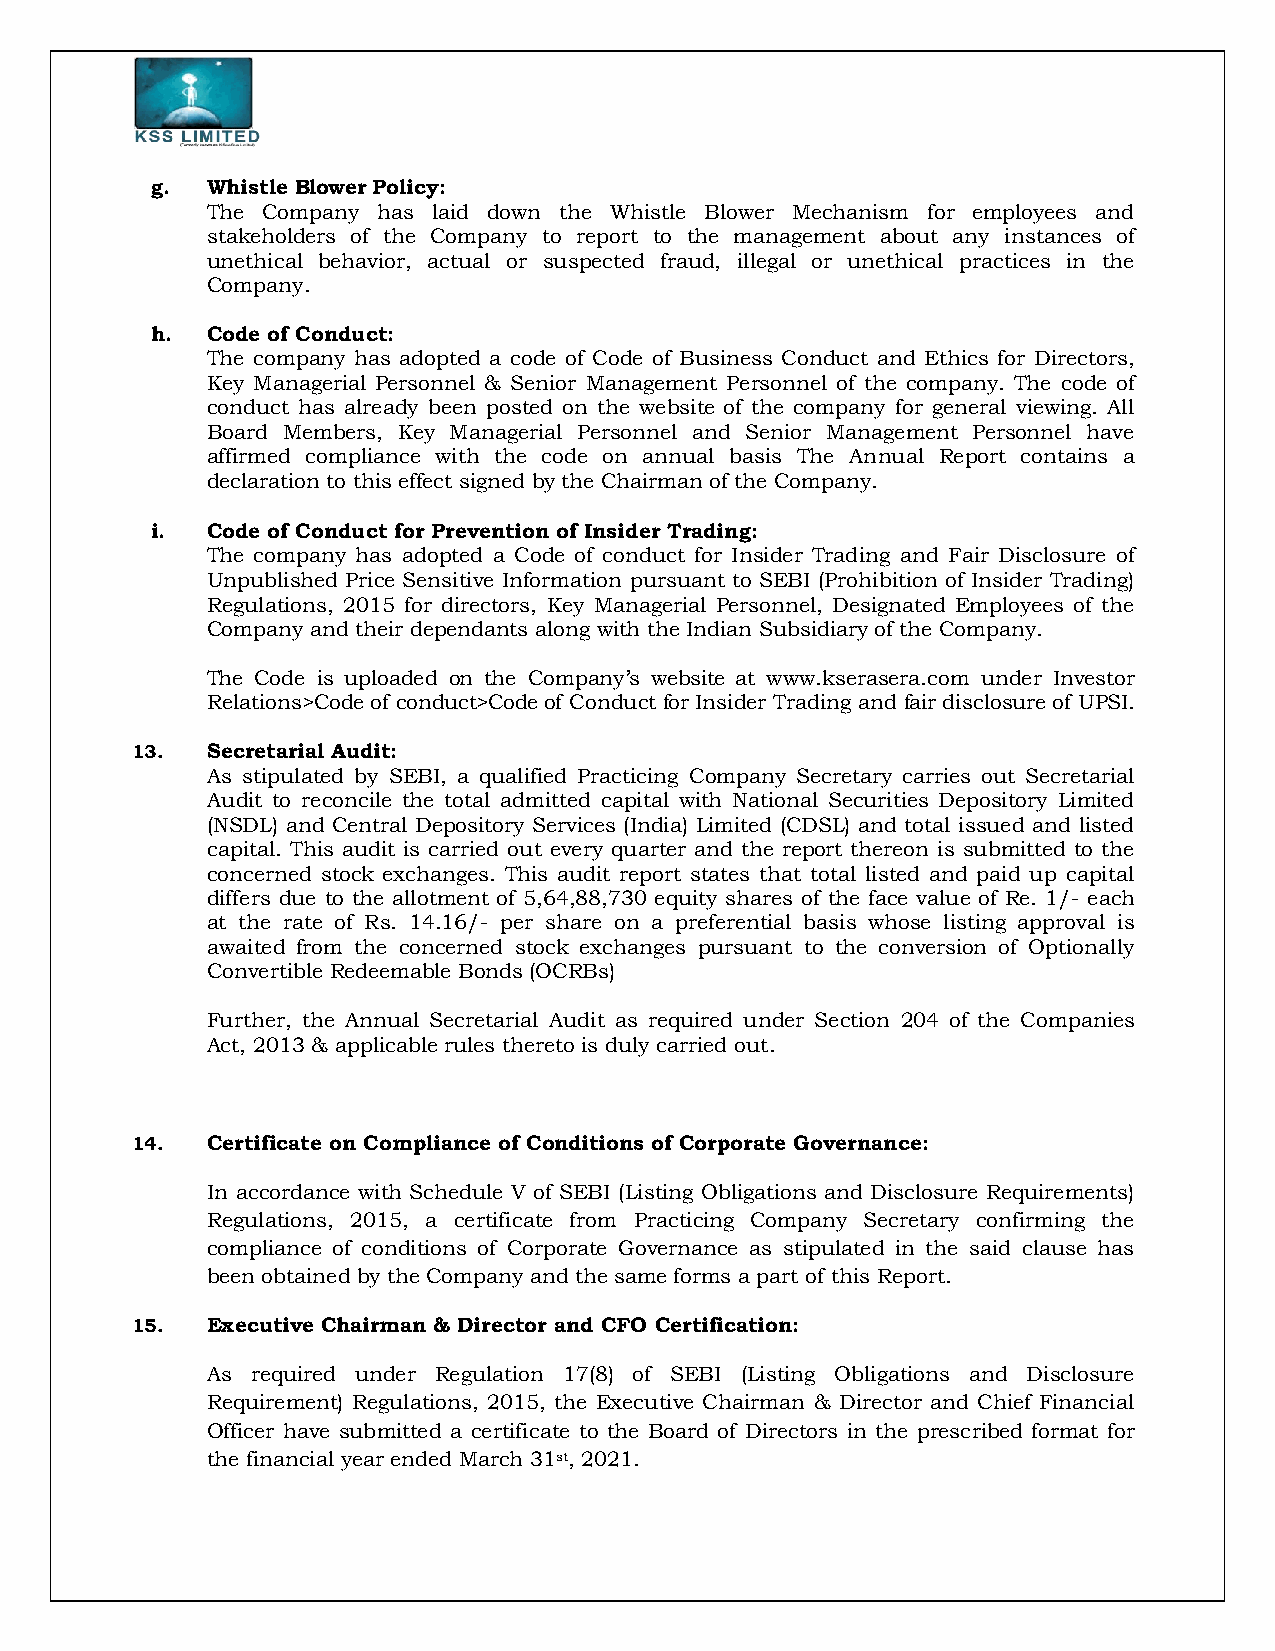
g.  Whistle Blower Policy:
 The Company has laid down the Whistle Blower Mechanism for employees and
 stakeholders of the Company to report to the management about any instances of
 unethical behavior, actual or suspected fraud, illegal or unethical practices in the
 Company.
 h.  Code of Conduct:
 The company has adopted a code of Code of Business Conduct and Ethics for Directors,
 Key Managerial Personnel & Senior Management Personnel of the company. The code of
 conduct has already been posted on the website of the company for general viewing. All
 Board Members, Key Managerial Personnel and Senior Management Personnel have
 affirmed compliance with the code on annual basis The Annual Report contains a
 declaration to this effect signed by the Chairman of the Company.
 i.  Code of Conduct for Prevention of Insider Trading:
 The company has adopted a Code of conduct for Insider Trading and Fair Disclosure of
 Unpublished Price Sensitive Information pursuant to SEBI (Prohibition of Insider Trading)
 Regulations, 2015 for directors, Key Managerial Personnel, Designated Employees of the
 Company and their dependants along with the Indian Subsidiary of the Company.
 The Code is uploaded on the Company’s website at www.kserasera.com under Investor
 Relations>Code of conduct>Code of Conduct for Insider Trading and fair disclosure of UPSI.
 13.  Secretarial Audit:
 As stipulated by SEBI, a qualified Practicing Company Secretary carries out Secretarial
 Audit to reconcile the total admitted capital with National Securities Depository Limited
 (NSDL) and Central Depository Services (India) Limited (CDSL) and total issued and listed
 capital. This audit is carried out every quarter and the report thereon is submitted to the
 concerned stock exchanges. This audit report states that total listed and paid up capital
 differs due to the allotment of 5,64,88,730 equity shares of the face value of Re. 1/- each
 at the rate of Rs. 14.16/- per share on a preferential basis whose listing approval is
 awaited from the concerned stock exchanges pursuant to the conversion of Optionally
 Convertible Redeemable Bonds (OCRBs)
 Further, the Annual Secretarial Audit as required under Section 204 of the Companies
 Act, 2013 & applicable rules thereto is duly carried out.
 14.  Certificate on Compliance of Conditions of Corporate Governance:
 In accordance with Schedule V of SEBI (Listing Obligations and Disclosure Requirements)
 Regulations, 2015, a certificate from Practicing Company Secretary confirming the
 compliance of conditions of Corporate Governance as stipulated in the said clause has
 been obtained by the Company and the same forms a part of this Report.
 15.  Executive Chairman & Director and CFO Certification:
 As required under Regulation 17(8) of SEBI (Listing Obligations and Disclosure
 Requirement) Regulations, 2015, the Executive Chairman & Director and Chief Financial
 Officer have submitted a certificate to the Board of Directors in the prescribed format for
 the financial year ended March 31st, 2021.